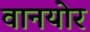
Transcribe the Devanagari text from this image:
वानयोर